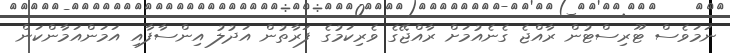
ނަމަވެސް ޓޫރިސްޓުން ރާއްޖެ ގެނެއުމަށް ރާއްޖޭގެ ވެރިކަމުގެ ފަރާތުން އަދުލު އިންސާފާއި އަމަންއަމާންކަން